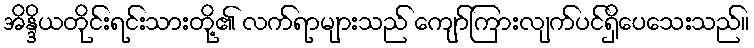
အိန္ဒိယတိုင်းရင်းသားတို့၏ လက်ရာများသည် ကျော်ကြားလျက်ပင်ရှိပေသေးသည်။